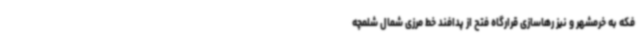
فکه به خرمشهر و نیز رهاسازی قرارگاه فتح از پدافند خط مرزی شمال شلمچه